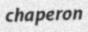
chaperon